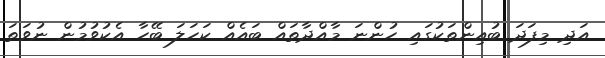
އަދި މިފަދަ ބުއިންތަކުގައި ހުންނަ މާއްދާތައް ބައެއް ކަހަލަ ބޭހާ އެކުވުމުން ނުވަތަ